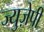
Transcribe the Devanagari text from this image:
ज्युज़ेपी